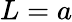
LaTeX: L=a